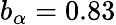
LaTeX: b_{\alpha}=0.83